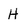
Character: H